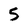
Character: 5